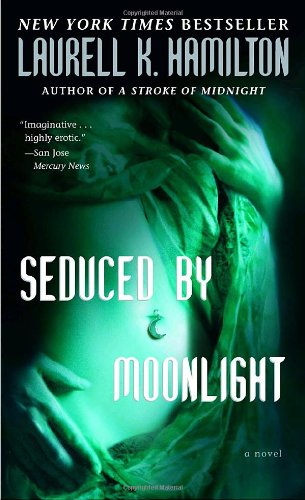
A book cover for Seduced by Moonlight (Meredith Gentry, Book 3); Laurell K. Hamilton; Science Fiction & Fantasy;